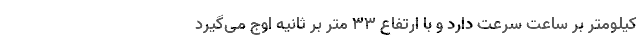
کیلومتر بر ساعت سرعت دارد و با ارتفاع ۳۳ متر بر ثانیه اوج می‌گیرد